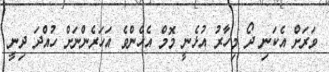
ވަރަށް އެކަނި ދޯ މިހާރު އުޅެނީ މޮޮމް އެހެންވެ އަހަރެންނަށް ހުއްދަ ދިނީ